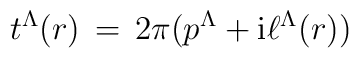
t^\Lambda(r)\,=\, 2\pi(p^\Lambda+{\rm i}\ell ^\Lambda (r))\nonumber\\